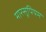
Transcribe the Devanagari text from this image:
मारसूपियम